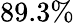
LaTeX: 89.3\%